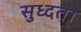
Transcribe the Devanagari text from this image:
सुध्दता